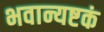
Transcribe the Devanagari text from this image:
भवान्यष्टकं